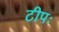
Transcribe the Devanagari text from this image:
टीपः